Statistical return of the lunatic asylum in Assam - 1912-1932
Year: 1912
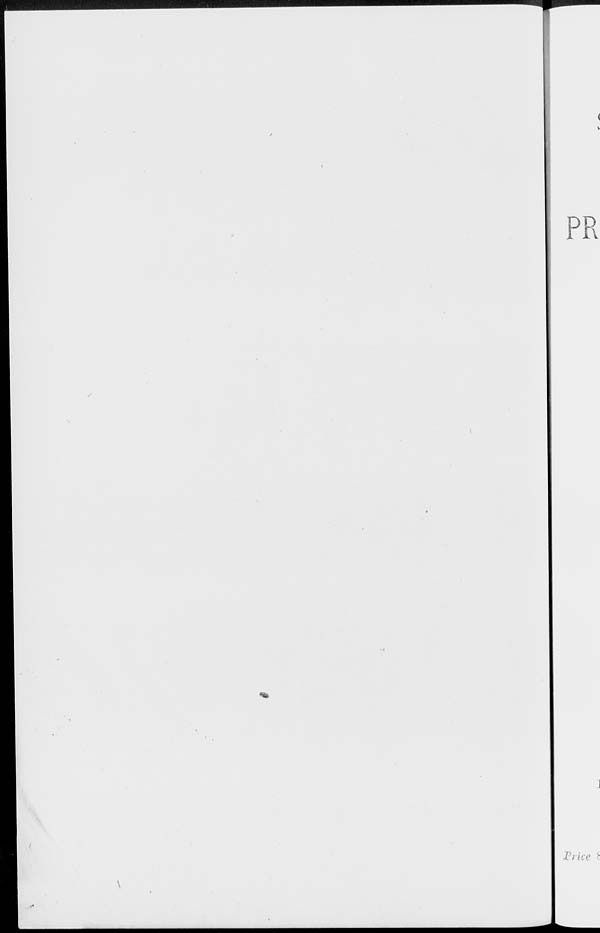
PR
Price £